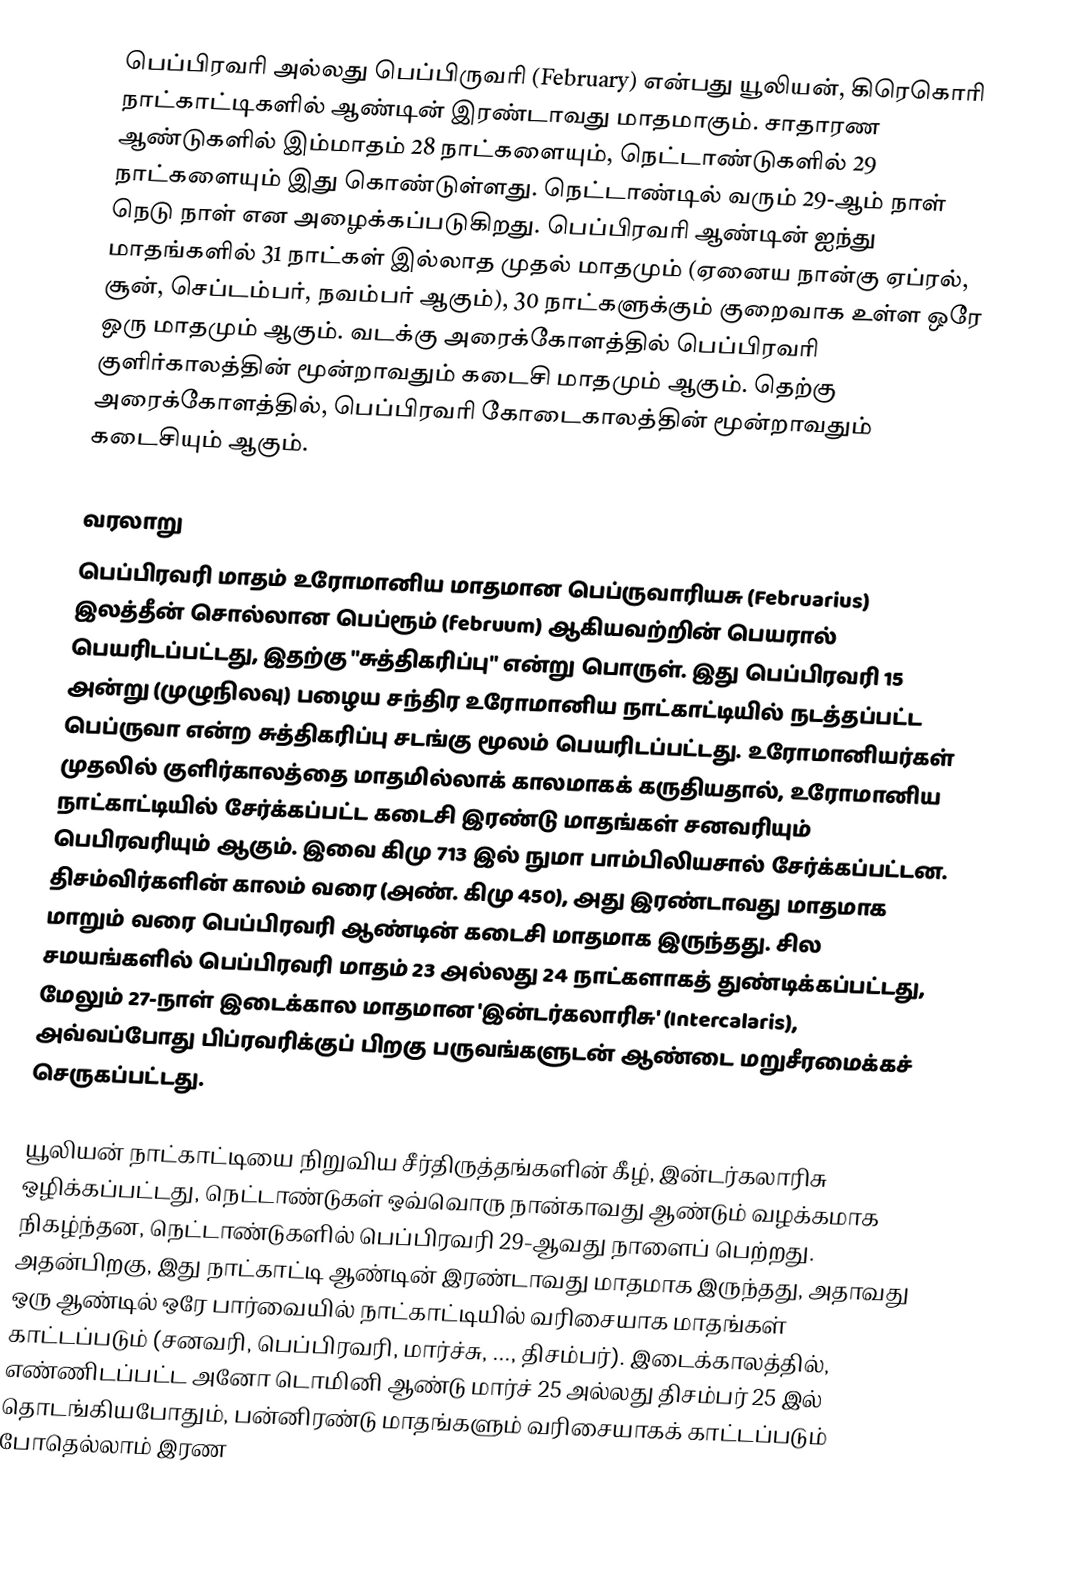
பெப்பிரவரி அல்லது பெப்பிருவரி (February) என்பது யூலியன், கிரெகொரி நாட்காட்டிகளில் ஆண்டின் இரண்டாவது மாதமாகும். சாதாரண ஆண்டுகளில் இம்மாதம் 28 நாட்களையும், நெட்டாண்டுகளில் 29 நாட்களையும் இது கொண்டுள்ளது. நெட்டாண்டில் வரும் 29-ஆம் நாள் நெடு நாள் என அழைக்கப்படுகிறது. பெப்பிரவரி ஆண்டின் ஐந்து மாதங்களில் 31 நாட்கள் இல்லாத முதல் மாதமும் (ஏனைய நான்கு ஏப்ரல், சூன், செப்டம்பர், நவம்பர் ஆகும்), 30 நாட்களுக்கும் குறைவாக உள்ள ஒரே ஒரு மாதமும் ஆகும். வடக்கு அரைக்கோளத்தில் பெப்பிரவரி குளிர்காலத்தின் மூன்றாவதும் கடைசி மாதமும் ஆகும். தெற்கு அரைக்கோளத்தில், பெப்பிரவரி கோடைகாலத்தின் மூன்றாவதும் கடைசியும் ஆகும்.

வரலாறு
பெப்பிரவரி மாதம் உரோமானிய மாதமான பெப்ருவாரியசு (Februarius) இலத்தீன் சொல்லான பெப்ரூம் (februum) ஆகியவற்றின் பெயரால் பெயரிடப்பட்டது, இதற்கு "சுத்திகரிப்பு" என்று பொருள். இது பெப்பிரவரி 15 அன்று (முழுநிலவு) பழைய சந்திர உரோமானிய நாட்காட்டியில் நடத்தப்பட்ட பெப்ருவா என்ற சுத்திகரிப்பு சடங்கு மூலம் பெயரிடப்பட்டது. உரோமானியர்கள் முதலில் குளிர்காலத்தை மாதமில்லாக் காலமாகக் கருதியதால், உரோமானிய நாட்காட்டியில் சேர்க்கப்பட்ட கடைசி இரண்டு மாதங்கள் சனவரியும் பெபிரவரியும் ஆகும். இவை கிமு 713 இல் நுமா பாம்பிலியசால் சேர்க்கப்பட்டன. திசம்விர்களின் காலம் வரை (அண். கிமு 450), அது இரண்டாவது மாதமாக மாறும் வரை பெப்பிரவரி ஆண்டின் கடைசி மாதமாக இருந்தது. சில சமயங்களில் பெப்பிரவரி மாதம் 23 அல்லது 24 நாட்களாகத் துண்டிக்கப்பட்டது, மேலும் 27-நாள் இடைக்கால மாதமான 'இன்டர்கலாரிசு' (Intercalaris), அவ்வப்போது பிப்ரவரிக்குப் பிறகு பருவங்களுடன் ஆண்டை மறுசீரமைக்கச் செருகப்பட்டது.

யூலியன் நாட்காட்டியை நிறுவிய சீர்திருத்தங்களின் கீழ், இன்டர்கலாரிசு ஒழிக்கப்பட்டது, நெட்டாண்டுகள் ஒவ்வொரு நான்காவது ஆண்டும் வழக்கமாக நிகழ்ந்தன, நெட்டாண்டுகளில் பெப்பிரவரி 29-ஆவது நாளைப் பெற்றது. அதன்பிறகு, இது நாட்காட்டி ஆண்டின் இரண்டாவது மாதமாக இருந்தது, அதாவது ஒரு ஆண்டில் ஒரே பார்வையில் நாட்காட்டியில் வரிசையாக மாதங்கள் காட்டப்படும் (சனவரி, பெப்பிரவரி, மார்ச்சு, ..., திசம்பர்). இடைக்காலத்தில், எண்ணிடப்பட்ட அனோ டொமினி ஆண்டு மார்ச் 25 அல்லது திசம்பர் 25 இல் தொடங்கியபோதும், பன்னிரண்டு மாதங்களும் வரிசையாகக் காட்டப்படும் போதெல்லாம் இரண